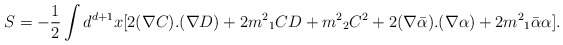
\begin{align*}S=-\frac{1}{2}\int d^{d+1} x [2(\nabla C).(\nabla D)+ 2{m^2}_1CD+{m^2}_2 C^2 + 2(\nabla\bar{\alpha}).(\nabla\alpha)+2{m^2}_1\bar{\alpha}\alpha].\end{align*}